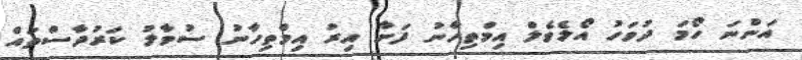
އަންނަ ހޯމަ ދުވަހު އޯލެވެލް އިމްތިހާނު ފަށާ އިރު އިމްތިހާނު ސުވާލު ކަރުދާސްތައް